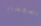
السمسار